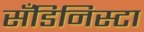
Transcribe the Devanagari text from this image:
सँडिनिस्टा